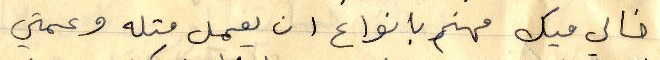
خالي ميك مهتم بانواع ان يعمل متله وعمتي